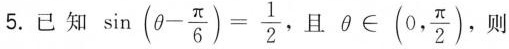
5.已知$$sin (θ - \frac{π}{6})= \frac{1}{2}$$，且θ ∈(0, \frac{π}{2})，则